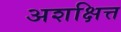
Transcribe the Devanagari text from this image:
अशक्षित्त